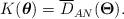
LaTeX: \begin{align*}\begin{aligned}K({\boldsymbol{\theta}})=\overline{D}_{AN}(\bold{\Theta}).\end{aligned}\end{align*}